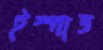
ইস্পাত